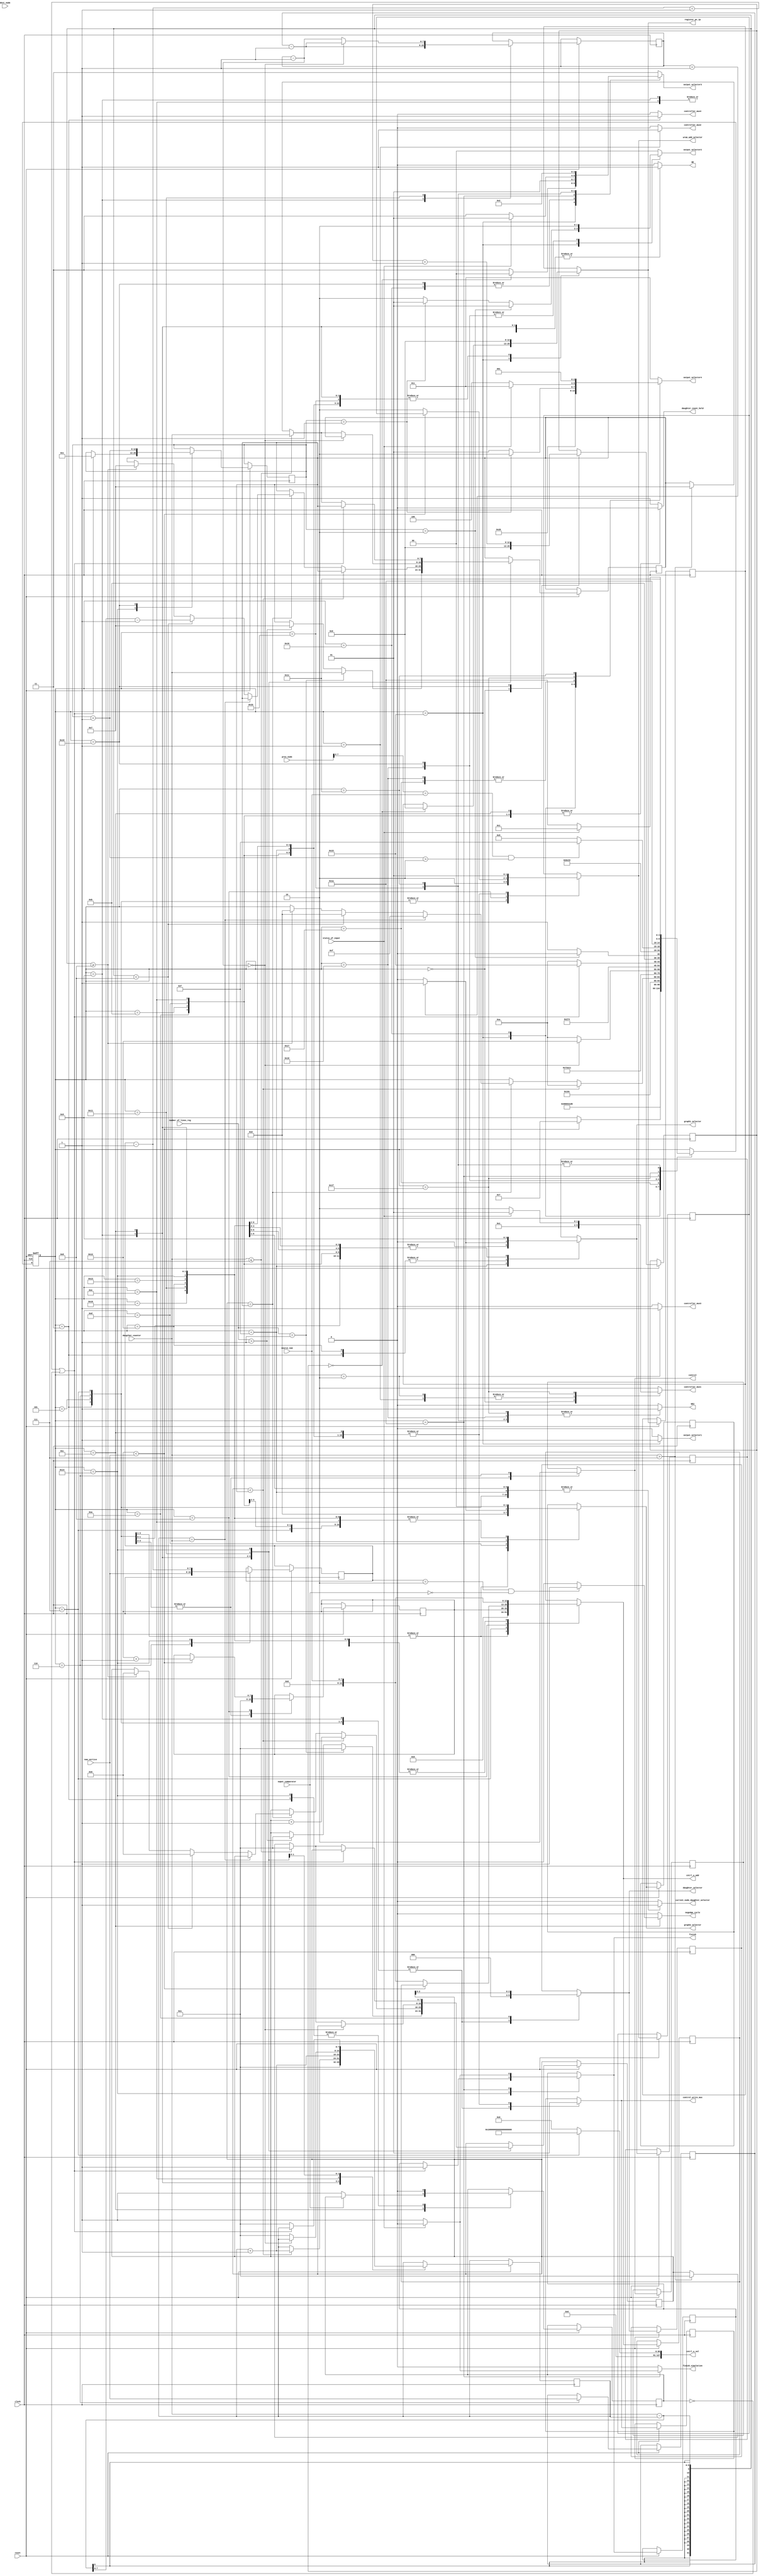
module controlpath( prev_node,status_of_input,finish_simulation,negedge_cycle, dest_node,WE2, output_selector1,output_selector2,output_selector3,output_selector4, clock, reset, num_vertice, source_num, daugther_counter, ouput_comparator, WE, current_node_daughter_selector, graph1_selector, graph2_selector, daughter_selector, control, register_pc_ip, cntrl_w_add, cntrl_w_val, wram_add_selector, control_write_mux, finish, daughter_count_hold, controller_mux1, controller_mux2, controller_mux3, controller_mux4,number_of_lines_reg

    );
	 
/*--------------------input declaration---------------*/
input [7:0] dest_node;
input [127:0] prev_node;
input clock;
input reset;
input [7:0] num_vertice;
input [7:0] source_num;
input [7:0] daugther_counter;
input ouput_comparator;
input status_of_input;
input [4:0] number_of_lines_reg;
/*------------------output declaration--------------*/
output WE;
output WE2;
output [1:0] output_selector2,output_selector3;
output [2:0] output_selector4;
output   output_selector1;
output current_node_daughter_selector;
output control;
output [1:0] graph1_selector;
output [1:0] graph2_selector;
output [2:0] daughter_selector;
output [12:0] register_pc_ip;
output [12:0] cntrl_w_add;
output [127:0] cntrl_w_val;
output finish_simulation;
reg finish_simulation;
output [1:0] wram_add_selector;
output control_write_mux;
output finish;
output daughter_count_hold;
output [1:0] controller_mux1;
output controller_mux2;
output controller_mux3;
output controller_mux4;


/*-------------------registers and nets-----------*/	 

parameter [4:0] 
	S0 = 5'b00000,
	S1 = 5'b00001,
	S2 = 5'b00010,
	S3 = 5'b00011,
	S4 = 5'b00100,
	S5 = 5'b00101,
	S6 = 5'b00110,
	S7 = 5'b00111,
	S8 = 5'b01000,
	S9 = 5'b01001,
	S10 = 5'b01010,
	S11 = 5'b01011,
	S12 = 5'b01100,
	S13 = 5'b01101,
	S14 = 5'b01110,
	S15 = 5'b01111,
	S16 = 5'b10000,
        S17 = 5'b10001,
	S18 = 5'b10010,
	S19 = 5'b10011,
	S20 = 5'b10100,
	S21 = 5'b10101,
	S22 = 5'b10110,
	S23 = 5'b10111,
	S24 = 5'b11000,
	S25 = 5'b11001,
	S26 = 5'b11010,
	S27 = 5'b11011,
	S28 = 5'b11100,
	S29 = 5'b11101,
	S31 = 5'b11111;
	

reg WE2;
reg [1:0] output_selector2,output_selector3;
reg [2:0] output_selector4;
reg output_selector1;
reg [4:0] current_state, next_state;
reg [7:0] d_count,d_count_reg,temp1,temp1_reg,temp3,temp3_reg;
reg [7:0] run_loop,run_loop_reg;
reg [7:0] bellman_count,bellman_count_reg;
output negedge_cycle;
reg WE;
reg current_node_daughter_selector;
reg control,control_reg;
reg [1:0] graph1_selector,graph1_reg;
reg [1:0] graph2_selector,graph2_reg;
reg [2:0] daughter_selector,d_mux_reg;
reg [12:0] register_pc_ip,PC_REG_input_reg;
reg [12:0] cntrl_w_add,controller_writing_address_reg;
reg [127:0] cntrl_w_val;
reg [1:0] wram_add_selector,w_mux_reg;
reg control_write_mux,control_write_mux_reg;
reg finish,finish_reg;
reg [7:0] a,a_reg,b,b_reg;
reg daughter_count_hold;
reg [1:0] controller_mux1;
reg controller_mux2;
reg controller_mux3;
reg controller_mux4;
reg negedge_cycle;

reg[12:0] flag,flag_reg,count,count_reg;

reg value,value_reg;	
always@(posedge clock or negedge reset)
begin 
if (!reset) current_state <= S0; //s28
else       
begin
current_state <= next_state;

temp3_reg<=temp3;
b_reg<=b;
bellman_count_reg<=bellman_count;
graph1_reg<=graph1_selector;
a_reg<=a;
d_count_reg<=d_count;
control_reg<=control;
control_write_mux_reg<=control_write_mux;
run_loop_reg<=run_loop;
w_mux_reg<=wram_add_selector;
d_mux_reg<=daughter_selector;
graph2_reg<=graph2_selector;
controller_writing_address_reg<=cntrl_w_add;
finish_reg<=finish;
temp1_reg<=temp1;
value_reg<=value;
count_reg<=count;
flag_reg<=flag;
PC_REG_input_reg<=register_pc_ip;
end
end

always@(*)
begin
finish_simulation=0;
cntrl_w_val = 128'h00000000000000000000000000000000;
daughter_count_hold = 1'b1;
controller_mux4=1'b0;
controller_mux2=1'b0;
controller_mux3=1'b0;                   
controller_mux1=2'b10;
output_selector2=2'b00;  
output_selector1=1'b0;
output_selector4=3'b011;
output_selector3=2'b11;
WE2=1'b0;
WE=1'b0;
current_node_daughter_selector=1'b0;
negedge_cycle =1'b0;
temp3=temp3_reg;
b=b_reg;
bellman_count=bellman_count_reg;
graph1_selector=graph1_reg;
a=a_reg;
d_count=d_count_reg;
control=control_reg;
control_write_mux=control_write_mux_reg;
run_loop=run_loop_reg;
wram_add_selector=w_mux_reg;
daughter_selector=d_mux_reg;
graph2_selector=graph2_reg;
cntrl_w_add=controller_writing_address_reg;
finish=finish_reg;
temp1=temp1_reg;
value=value_reg;
count=count_reg;
flag=flag_reg;
register_pc_ip=PC_REG_input_reg;
next_state=current_state;
case(current_state)
S0:   //s28
begin
flag = 0;
controller_mux1 = 2'b00;
register_pc_ip= 13'b0000000000000;

next_state = S1;
end

S1:          //s20
begin   
controller_mux1= 2'b01;   //10 adhi
controller_mux2=1'b1;
next_state = S2;
end

S2:          //s22
begin
controller_mux1=2'b01;
controller_mux3=1'b1;
next_state = S3;
end
S3:                  //s23
begin
controller_mux4=1'b1;
/*next_state = S4;
end
S4:                 //s0
begin*/
value=0;
current_node_daughter_selector = 1'b1;
graph1_selector = 2'b10;    
graph2_selector = 2'b01;
daughter_selector = 3'b000;
//bellman_count = 1;
register_pc_ip = 13'b0000000000000;
cntrl_w_add = 13'b0000000000000;
//cntrl_w_val = 128'h00000000000000000000000000000000;
wram_add_selector = 2'b10;
control = 1'b1;
control_write_mux = 1'b0;
a = 1; 

next_state = S5;
end
S5:     //s1
begin
graph2_selector = 2'b01;//
WE = 1'b0;
current_node_daughter_selector = 1'b1;

//graph1_selector = 2'b01;
daughter_selector = 3'b000;//
graph2_selector = 2'b01;
//daughter_selector = 3'b000;
register_pc_ip = 13'b0000000000000;
cntrl_w_add = 13'b0000000000000;
cntrl_w_val = 128'h00000000000000000000000000000000;
a = 1;
wram_add_selector = 2'b10;
control_write_mux = 1'b0;
control = 1'b1;
next_state=S6;
end

S6:       //s2
begin
WE = 1'b0;
current_node_daughter_selector = 1'b1;
graph1_selector = 2'b01;
graph2_selector = 2'b01;
daughter_selector = 3'b000;
register_pc_ip = 13'b0000000000000;
cntrl_w_add = 13'b0000000000000;
cntrl_w_val = 128'h00000000000000000000000000000000;

wram_add_selector = 2'b10;
control_write_mux = 1'b0;
control = 1'b0;
b = num_vertice;
bellman_count=num_vertice;
next_state = S7;
end 

//booting infinity in temporary memory
S7:                    //s3
begin
WE = 1'b1;
current_node_daughter_selector = 1'b1;
graph1_selector = 2'b01;
graph2_selector = 2'b00;
register_pc_ip = 13'b0000000000000;
cntrl_w_add = {5'b00000, source_num};
current_node_daughter_selector = 1'b1;
graph1_selector = 2'b01;
graph2_selector = 2'b00;
daughter_selector = 3'b000;
register_pc_ip = 13'b0000000000000;
cntrl_w_add = {5'b00000, a};
cntrl_w_val = 128'h00000000000100000000000000000000;
wram_add_selector = 2'b10;
control_write_mux = 1'b0;
next_state = S8;



end

S8:            //s17
begin
if (a < num_vertice)
begin
a = a + 1;
next_state = S7;           //s3
end
else
begin
wram_add_selector = 2'b10;
cntrl_w_add = {5'b00000, source_num};
next_state = S9;          //s4
end
end

//booting zero in the source
S9:              //s4
begin
WE = 1'b1;
current_node_daughter_selector = 1'b1;
graph1_selector = 2'b01;
graph2_selector = 2'b00;
daughter_selector = 3'b000;
register_pc_ip = 13'b0000000000000;
cntrl_w_add = {5'b00000, source_num};
cntrl_w_val = 128'h00000000000000000000000000000000;

run_loop = b-1;                          //changed
control_write_mux = 1'b0;
if(number_of_lines_reg==1)
begin
temp1=1;
temp3=daugther_counter;
end
else if(number_of_lines_reg>1)
begin
temp1=1;
temp3=7;
end
d_count=1;
next_state = S10;
end
//checkpoint one reached here
//
S10:                   //s5
begin
WE = 1'b0;
daughter_count_hold = 1'b0;
current_node_daughter_selector = 1'b0;
graph1_selector = 2'b01;
graph2_selector = 2'b00;
register_pc_ip = 13'b0000000000000;
cntrl_w_add = {5'b00000, source_num};
cntrl_w_val = 128'h00000000000000000000000000000000;
wram_add_selector = 2'b01;
control_write_mux = 1'b1;
daughter_selector = temp1[2:0];
next_state = S11;
end
S11:          //s6
begin
WE = 1'b0;
daughter_count_hold = 1'b0;
current_node_daughter_selector = 1'b0;
graph1_selector = 2'b01;
graph2_selector = 2'b00;
register_pc_ip = 13'b0000000000000;
cntrl_w_add = {5'b00000, source_num};
cntrl_w_val = 128'h00000000000000000000000000000000;
wram_add_selector = 2'b01;
control_write_mux = 1'b1;
next_state = S12;
end
S12:                  //s7
begin
WE = 1'b1;
daughter_count_hold = 1'b0;
current_node_daughter_selector = 1'b0;
graph1_selector = 2'b01;
graph2_selector = 2'b00;
register_pc_ip = 13'b0000000000000;
cntrl_w_add = {5'b00000, source_num};
cntrl_w_val = 128'h00000000000000000000000000000000;
wram_add_selector = 2'b01;
control_write_mux = 1'b1;
if(ouput_comparator==0)
value=1;
if((bellman_count== 2) && (ouput_comparator==0))
begin
negedge_cycle = 1'b1;

end
else
negedge_cycle=1'b0;

    if(temp1<temp3)
begin
  temp1=temp1+1;
  d_count = d_count+1;
  next_state = S10;              //s5
end
else if(temp1==temp3)
begin
 if(d_count == daugther_counter)
  begin
   next_state = S15;               //s11
  end
 else if((daugther_counter-d_count)<8)
  begin
   temp1=0;      
   temp3=daugther_counter-d_count-1;
   next_state=S13;               //s13
  end   
 else if((daugther_counter-d_count)>=8)
  begin
   temp1=0;
   temp3=7;
   next_state=S13;
  end
end
end
S13:             //s8
begin
WE = 1'b0;
daughter_count_hold = 1'b0;
current_node_daughter_selector = 1'b0;
graph1_selector = 2'b01;
graph2_selector = 2'b10;
register_pc_ip = 13'b0000000000000;
cntrl_w_add = {5'b00000, source_num};
cntrl_w_val = 128'h00000000000000000000000000000000;
wram_add_selector = 2'b01;
control_write_mux = 1'b1;
next_state = S14;
end   
S14:                  //s10
begin
WE = 1'b0;
daughter_count_hold = 1'b0;
current_node_daughter_selector = 1'b0;
graph1_selector = 2'b01;
graph2_selector = 2'b00;
register_pc_ip = 13'b0000000000000;
cntrl_w_add = {5'b00000, source_num};
cntrl_w_val = 128'h00000000000000000000000000000000;
wram_add_selector = 2'b01;
control_write_mux = 1'b1;
d_count = d_count + 1;
next_state = S10;      //s5
end
S15:                    //s11
begin
WE = 1'b0;
current_node_daughter_selector = 1'b1;
if(run_loop == 1)            //changed
begin
graph1_selector = 2'b01;
graph2_selector = 2'b11;
end
else
begin
graph1_selector = 2'b00;
graph2_selector = 2'b10;
end
register_pc_ip = 13'b0000000000000;
cntrl_w_add = {5'b00000, source_num};
cntrl_w_val = 128'h00000000000000000000000000000000;
wram_add_selector = 2'b01;
control_write_mux = 1'b1;
next_state = S16;
end
S16:               //s12
begin
WE = 1'b0;
current_node_daughter_selector = 1'b1;
graph1_selector = 2'b01;
graph2_selector = 2'b00;
register_pc_ip = 13'b0000000000000;
cntrl_w_add = {5'b00000, source_num};
cntrl_w_val = 128'h00000000000000000000000000000000;
wram_add_selector = 2'b01;
control_write_mux = 1'b1;
daughter_count_hold = 1'b1;
next_state = S17;
end
S17:            //s13
begin
WE = 1'b0;
current_node_daughter_selector = 1'b1;
graph1_selector = 2'b01;
graph2_selector = 2'b00;
register_pc_ip = 13'b0000000000000;
cntrl_w_add = {5'b00000, source_num};
cntrl_w_val = 128'h00000000000000000000000000000000;
wram_add_selector = 2'b01;
control_write_mux = 1'b1;
run_loop = run_loop - 1;          //changed
if(run_loop== 0)
begin
next_state = S18;
run_loop =b-1;
end
else
begin
	if(daugther_counter<=7)
	begin
	temp1=1;
	temp3=daugther_counter;
	end
	else if(daugther_counter>7)
	begin
	temp1=1;
	temp3=7;
	end
	d_count=1;
	next_state = S10;
end
end
////////////////////////////////////////


S18:
begin
WE = 1'b0;
current_node_daughter_selector = 1'b1;
graph1_selector = 2'b10;
graph2_selector = 2'b00;
register_pc_ip = 13'b0000000000000;
cntrl_w_add = {5'b00000, source_num};
cntrl_w_val = 128'h00000000000000000000000000000000;
wram_add_selector = 2'b01;
control_write_mux = 1'b1;
next_state = S19;
end
S19:          //s15
begin
WE = 1'b0;
current_node_daughter_selector = 1'b1;
graph1_selector = 2'b01;
graph2_selector = 2'b00;
register_pc_ip = 13'b0000000000000;
cntrl_w_add = {5'b00000, source_num};
cntrl_w_val = 128'h00000000000000000000000000000000;
wram_add_selector = 2'b01;
control_write_mux = 1'b1;
next_state = S20;  
end

S20:          //s16
begin
WE = 1'b0;
current_node_daughter_selector = 1'b1;
graph1_selector = 2'b01;
graph2_selector = 2'b00;
register_pc_ip = 13'b0000000000000;
cntrl_w_add = {5'b00000, source_num};
cntrl_w_val = 128'h00000000000000000000000000000000;
wram_add_selector = 2'b01;
control_write_mux = 1'b1;
bellman_count = bellman_count - 1;
if(bellman_count==1 || !value)
begin
//negedge_cycle=1;
finish =1;
count =1;
next_state=S21;
value=0;
end
else

 begin
	if(daugther_counter<=7)
	begin
	temp1=1;
	temp3=daugther_counter;
	end
	else if(daugther_counter>7)
	begin
	temp1=1;
	temp3=7;
	end
	d_count=1;
        value=0;//count iterations here
	next_state = S10;
 end
 
end

S21:            //s24    
begin
if(flag==0)          //output memory address =0 for first source and dest_node . For everything else it is retained(Current value).
begin
register_pc_ip = 13'b0000000000000;
output_selector3 = 2'b00;
end
else
output_selector3 = 2'b11;

/////

output_selector1 = 1'b1;
output_selector4 = 3'b010;                       /////check this
if (count==1)
output_selector2 = 2'b01;
else 
output_selector2 = 2'b10;


if(count==2)
begin
output_selector2 = 2'b01;
next_state=S22;     //27
end
else 
next_state = S23;        //25 


end
S22:         //27
begin
WE2 = 1'b1;             //writing into output memory
output_selector3 = 2'b01;                //increment address
output_selector4 = 3'b000;               //dest_node 
next_state = S23;
end
S23:             //25
begin
if (count == 1)
output_selector4=3'b010;                        //weight
else
output_selector4 = 3'b001;                //prev_node node
    
output_selector1 = 1'b0;                       //prev_node maintained 
next_state = S24;
end
S24:                  //26
begin
WE2=1;
output_selector1=1'b0;
if(count==1)
begin
output_selector4 = 3'b010;
output_selector2=2'b10;
end
else
begin
output_selector4=3'b001;
output_selector2=2'b10;
end
output_selector3 = 2'b11;
next_state = S25;
end
S25:                   //s25
begin
output_selector3 = 2'b01;
output_selector2 = 2'b10;
count = count + 1;
flag = flag + 1;
if (prev_node [7:0] == source_num && count>2)
next_state = S31;                 //18
else 
next_state = S21;                //24
end

S31:begin
if(status_of_input)
begin
controller_mux1 = 2'b01;
WE2=1'b1;
output_selector4=3'b011;
next_state=S26;
end
else
begin
WE2=1'b1;
output_selector4=3'b100;
next_state=S26;
end
end

//Stall:
//begin

S26:               //18
begin
if(status_of_input)
begin
finish = 0;
next_state =S1;               //20
output_selector3=2'b01;
end
else
begin

finish=1;
next_state=S26;  
     finish_simulation=1;
	 //18
end
end

S27:
begin
register_pc_ip = 13'b0000000000000;
output_selector3=2'b00;
WE2=1'b1;
next_state= S28; 
end
S28 :
begin
output_selector4=2'b101;
output_selector3=2'b10;
WE2=1'b1;
next_state = 28;
end

endcase
end

endmodule